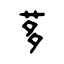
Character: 茤